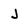
Character: J